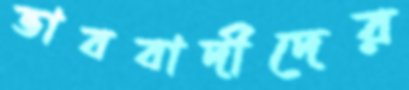
ভাববাদীদের